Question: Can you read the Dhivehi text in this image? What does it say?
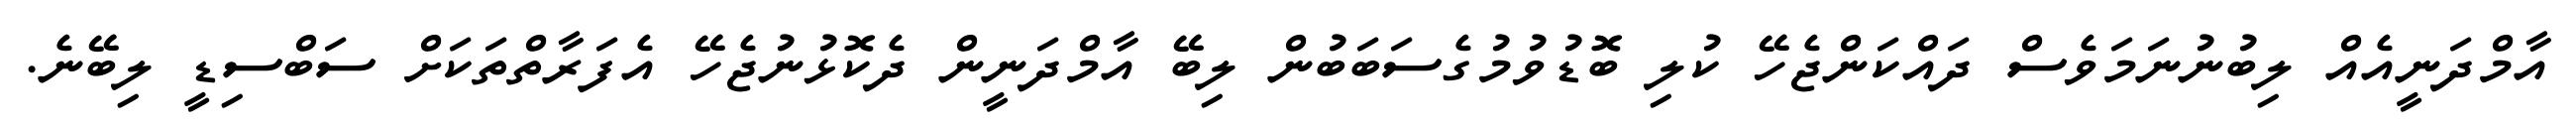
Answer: އާމްދަނީއެއް ލިބުނުނަމަވެސް ދައްކަންޖެހޭ ކުލި ބޮޑުވުމުގެސަބަބުން ލިބޭ އާމްދަނީން ދެކޮޅުނުޖެހޭ އެފަރާތްތަކަށް ސަބްސިޑީ ލިބޭނެ.